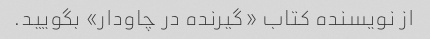
از نویسنده کتاب «گیرنده در چاودار» بگویید.